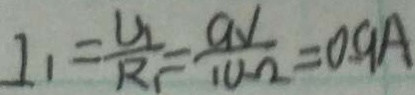
I _ { 1 } = \frac { U _ { 1 } } { R _ { 1 } } = \frac { a v } { 1 0 \Omega } = 0 . 9 A